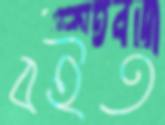
বইত